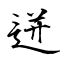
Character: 迸